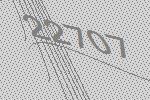
22707